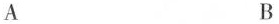
A B